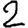
Digit: 2